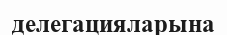
делегацияларына